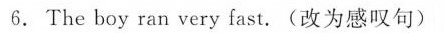
6. The boy ran very fast.(改为感叹句)